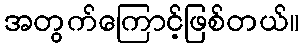
အတွက်ကြောင့်ဖြစ်တယ်။